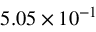
5 . 0 5 \times 1 0 ^ { - 1 }